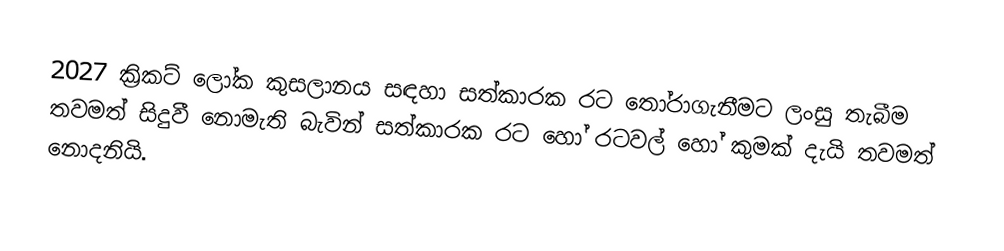
2027 ක්‍රිකට් ලෝක කුසලානය සඳහා සත්කාරක රට ‍තෝරාගැනීමට ලංසු තැබීම තවමත් සිදුවී නොමැති බැවින් සත්කාරක රට හෝ රටවල් හෝ කුමක් දැයි තවමත් නොදනියි.